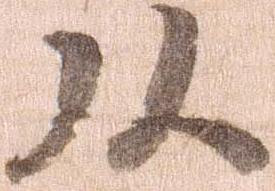
頭